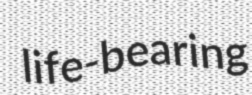
life-bearing